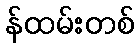
န်ထမ်းတစ်